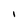
Character: 1